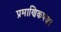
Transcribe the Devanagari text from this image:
प्रमाणिकपणा